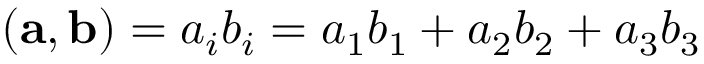
( { \bf a } , { \bf b } ) = a _ { i } b _ { i } = a _ { 1 } b _ { 1 } + a _ { 2 } b _ { 2 } + a _ { 3 } b _ { 3 }